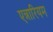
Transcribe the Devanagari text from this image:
एन्नारियम